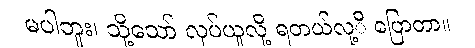
မပါဘူး၊ သို့သော် လုပ်ယူလို့ ရတယ်လု့ိ ပြောတာ။